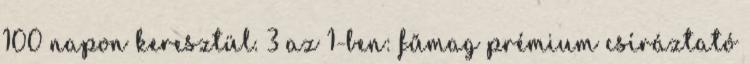
100 napon keresztül. 3 az 1-ben: fűmag prémium csíráztató